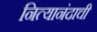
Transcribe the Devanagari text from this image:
नित्यानंदाची